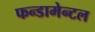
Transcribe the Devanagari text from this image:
फन्डामेन्टल